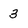
Character: 3